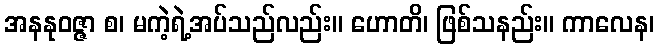
အနနုဝဇ္ဇာ စ၊ မကဲ့ရဲ့အပ်သည်လည်း။ ဟောတိ၊ ဖြစ်သနည်း။ ကာလေန၊